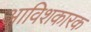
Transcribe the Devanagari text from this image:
आविशकारक